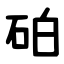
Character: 砶